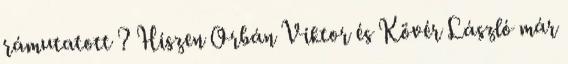
rámutatott ? Hiszen Orbán Viktor és Kövér László már